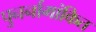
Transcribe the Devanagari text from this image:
पुनर्नामांकित